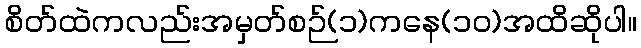
စိတ်ထဲကလည်းအမှတ်စဉ်(၁)ကနေ(၁၀)အထိဆိုပါ။